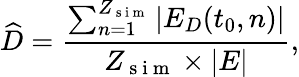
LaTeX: \widehat{D}=\frac{\sum_{n=1}^{Z_{\mathrm{~s~i~m~}}}|E_{D}(t_{0},n)|}{Z_{\mathrm{~s~i~m~}}\times|E|},